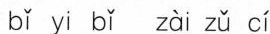
bǐ yi bǐ zài zǔ cí